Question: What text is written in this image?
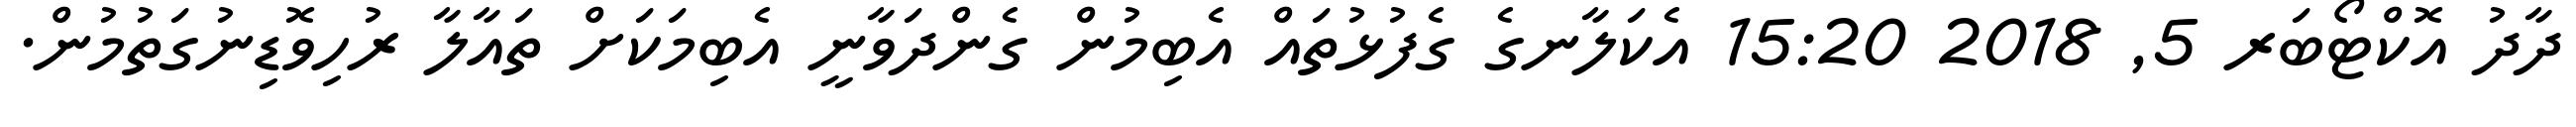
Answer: ދާދު އޮކްޓޯބަރ 5, 2018 15:20 އެކަލާނގެ ގެފުޅުތައް އެބިމުން ގެންދަވާނީ އެބިމަކަށް ތައާލާ ރުހިވޮޑިނުގަތުމުން.